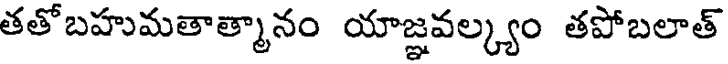
తతోబహుమతాత్మానం యాజ్ఞవల్క్యం తపోబలాత్